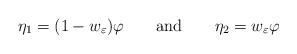
LaTeX: \begin{align*} \eta_1=(1- w_{\varepsilon} )\varphi\qquad\textrm{and}\qquad\eta_2= w_{\varepsilon} \varphi\end{align*}